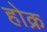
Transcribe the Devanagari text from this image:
होक्र